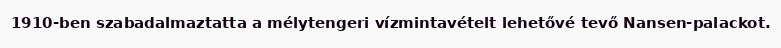
1910-ben szabadalmaztatta a mélytengeri vízmintavételt lehetővé tevő Nansen-palackot.